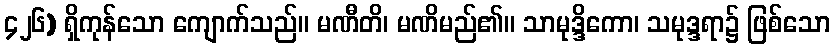
၄၂၆) ရှိကုန်သော ကျောက်သည်။ မဏီတိ၊ မဏိမည်၏။ သာမုဒ္ဒိကော၊ သမုဒ္ဒရာ၌ ဖြစ်သော